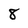
Character: 8